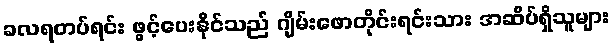
ခလရတပ်ရင်း ဖွင့်ပေးနိုင်သည် ဂျိမ်းဖောတိုင်းရင်းသား အဆိပ်ရှိသူများ